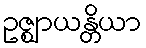
ဥဇ္ဈာယန္တိယာ